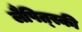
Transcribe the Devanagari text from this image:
लैपित्स्की